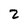
Character: 2